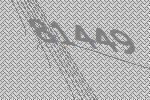
81449